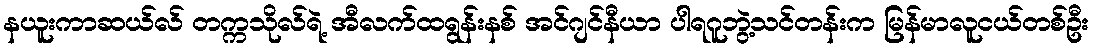
နယူးကာဆယ်လ် တက္ကသိုလ်ရဲ့ အီလက်ထရွန်းနစ် အင်ဂျင်နီယာ ပါရဂူဘွဲ့သင်တန်းက မြန်မာလူငယ်တစ်ဦး